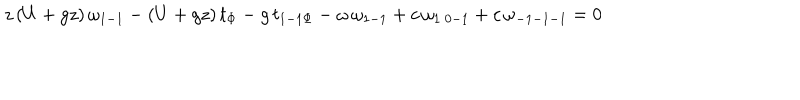
z \, ( U + g z ) \, \omega _ { 1 - 1 } - ( U + g z ) \, t _ { \Phi } - g \, t _ { 1 - 1 \Phi } - \omega \, \omega _ { 1 - 1 } + c \, \omega _ { 1 \ 0 - 1 } + c \, \omega _ { - 1 - 1 - 1 } = 0